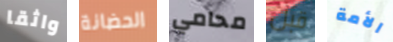
واثقا الحضانة محامي قبل الأمة